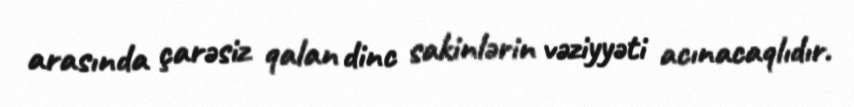
arasında çarəsiz qalan dinc sakinlərin vəziyyəti acınacaqlıdır.